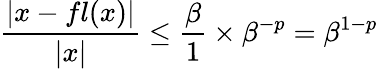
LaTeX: {\frac{|x-fl(x)|}{|x|}}\leq{\frac{\beta}{1}}\times\beta^{-p}=\beta^{1-p}